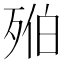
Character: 𣨔